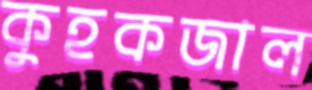
কুহকজাল